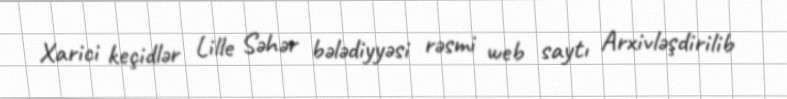
Xarici keçidlər Lille Səhər bələdiyyəsi rəsmi web saytı Arxivləşdirilib